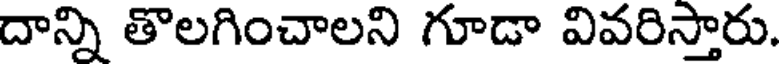
దాన్ని తొలగించాలని గూడా వివరిస్తారు.